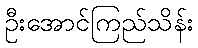
ဦးအောင်ကြည်သိန်း